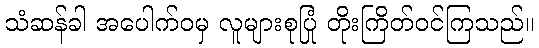
သံဆန်ခါ အပေါက်ဝမှ လူများစုပြုံ တိုးကြိတ်ဝင်ကြသည်။